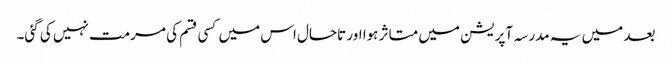
بعد میں یہ مدرسہ آپریشن میں متاثر ہوا اور تاحال اس میں کسی قسم کی مرمت نہیں کی گئی۔